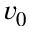
v _ { 0 }